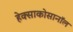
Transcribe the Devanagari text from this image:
हेक्साकोसानॉल